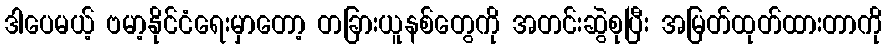
ဒါပေမယ့် ဗမာ့နိုင်ငံရေးမှာတော့ တခြားယူနစ်တွေကို အတင်းဆွဲစုပြီး အမြတ်ထုတ်ထားတာကို